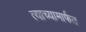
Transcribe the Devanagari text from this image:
त्याच्यामार्फत